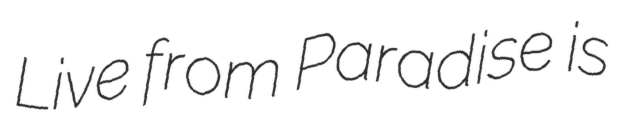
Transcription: Live from Paradise is